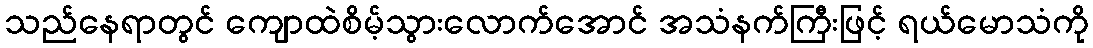
သည်နေရာတွင် ကျောထဲစိမ့်သွားလောက်အောင် အသံနက်ကြီးဖြင့် ရယ်မောသံကို